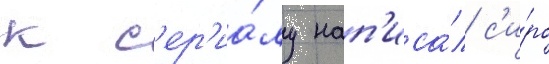
к с'ер'иа́лу нап'иса́л с'и́ро